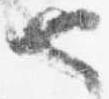
也